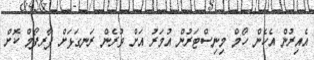
އެއިރުން އެހެން ހޯމް މިނިސްޓަރުން އުމަރު އަށް ވުރެން ރަނގަޅަށް ޕާރފޯމް ކޮށް